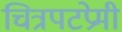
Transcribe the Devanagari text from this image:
चित्रपटप्रेमी